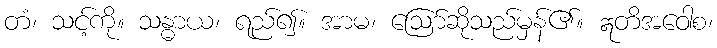
တံ၊ သင့်ကို။ သန္ဓာယ၊ ရည်၍။ အာမ၊ ဩော်ဆိုသည်မှန်၏။ ဣတိအဝေါစ၊